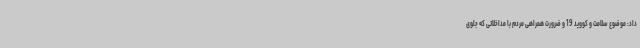
داد: موضوع سلامت و کووید 19 و ضرورت همراهی مردم با مداخلاتی که جلوی